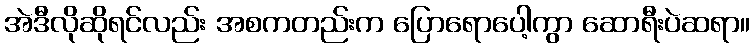
အဲဒီလိုဆိုရင်လည်း အစကတည်းက ပြောရောပေါ့ကွာ ဆောရီးပဲဆရာ။